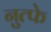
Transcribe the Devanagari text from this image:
नुत्फे